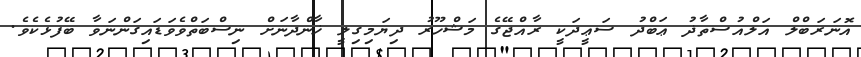
އޮނަރަބްލް އަލްއުސްތާޛު ޢަބްދު ސަޢީދަކީ ރާއްޖޭގެ މަޝްހޫރު ދިޔަމިގިލީ ޚާންދާނަށް ނިސްބަތްވެވަޑައިގަންނަވާ ބޭފުޅެކެވެ.